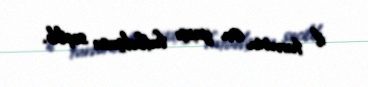
il turnirin ən yaxşı futbolçusu seçilib.